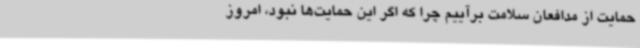
حمایت از مدافعان سلامت برآییم چرا که اگر این حمایت‌ها نبود، امروز